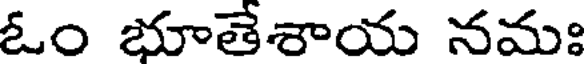
ఓం భూతేశాయ నమః